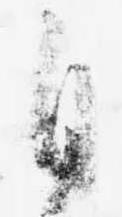
自